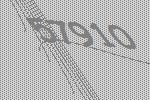
57910